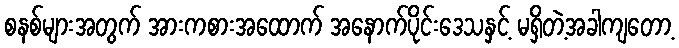
စနစ်များအတွက် အားကစားအထောက် အနောက်ပိုင်းဒေသနှင့် မရှိတဲ့အခါကျတော့